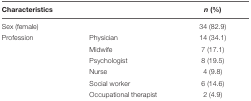
<table><thead><tr><td colspan="2"><b>Characteristics</b></td><td><b><i>n</i> (%)</b></td></tr></thead><tbody><tr><td colspan="2">Sex (female)</td><td>34 (82.9)</td></tr><tr><td>Profession</td><td>Physician</td><td>14 (34.1)</td></tr><tr><td></td><td>Midwife</td><td>7 (17.1)</td></tr><tr><td></td><td>Psychologist</td><td>8 (19.5)</td></tr><tr><td></td><td>Nurse</td><td>4 (9.8)</td></tr><tr><td></td><td>Social worker</td><td>6 (14.6)</td></tr><tr><td></td><td>Occupational therapist</td><td>2 (4.9)</td></tr></tbody></table>